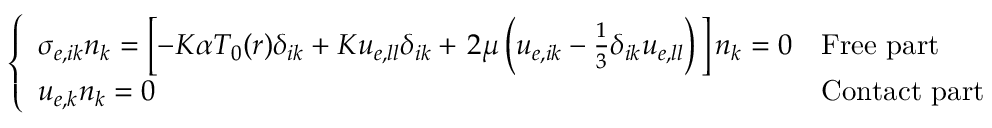
\left\{ \begin{array} { l l } { \sigma _ { e , i k } n _ { k } = \left[ - K \alpha T _ { 0 } ( \boldsymbol { r } ) \delta _ { i k } + K u _ { e , l l } \delta _ { i k } + \left. 2 \mu \left( u _ { e , i k } - \frac { 1 } { 3 } \delta _ { i k } u _ { e , l l } \right) \right. \right] n _ { k } = 0 } & { \mathrm { F r e e ~ p a r t } } \\ { u _ { e , k } n _ { k } = 0 } & { \mathrm { C o n t a c t ~ p a r t } } \end{array} \right.